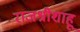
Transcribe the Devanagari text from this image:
राजश्रीशाहू